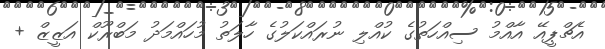
އެޗްޕީއޭ އާއްމު ސިއްހަތުގެ ކުއްލި ނުރައްކަލުގެ ހާލަތު މުހައްމަދު މަބްރޫކް އަޒީޒް +